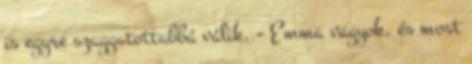
is egyre szaggatottabbá válik. - Emma vagyok, és most